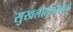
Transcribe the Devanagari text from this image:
सुखलोलुपतेमुळे